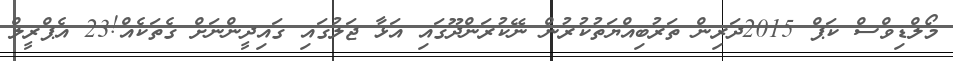
މޯލްޑިވްސް ކަޕް 2015ދަރިން ތަރުބިއްޔަތުކުރުން ނޭކުރަންދޫގައި އަޅާ ޖަލުގައި ގައިދީންނަށް ގެތަކެއް!23 އެޕްރީލް